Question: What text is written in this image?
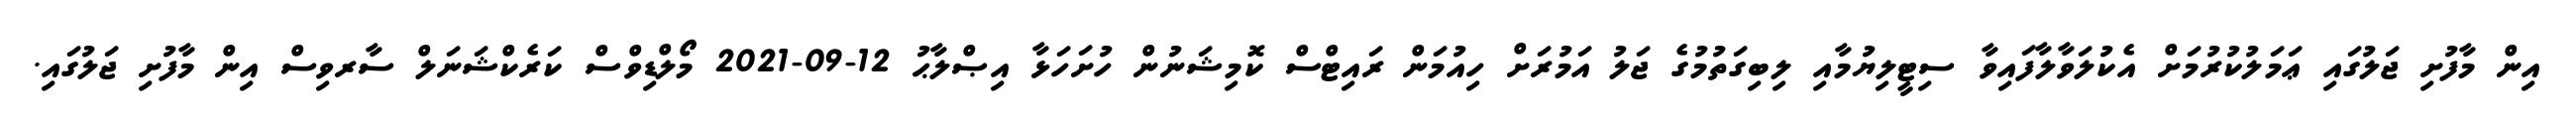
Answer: އިން މާފުށި ޖަލުގައި ޢަމަލުކުރުމަށް އެކުލަވާލާފައިވާ ސިޓީލިޔުމާއި ލިބިގަތުމުގެ ޖަލު އަމުރަށް ހިއުމަން ރައިޓްސް ކޮމިޝަނުން ހުށަހަޅާ އިޞްލާޙު 12-09-2021 މޯލްޑިވްސް ކަރެކްޝަނަލް ސާރވިސް އިން މާފުށި ޖަލުގައި.